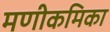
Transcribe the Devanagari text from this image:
मणीकमिका